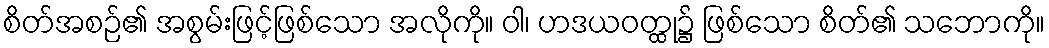
စိတ်အစဉ်၏ အစွမ်းဖြင့်ဖြစ်သော အလိုကို။ ဝါ၊ ဟဒယဝတ္ထု၌ ဖြစ်သော စိတ်၏ သဘောကို။